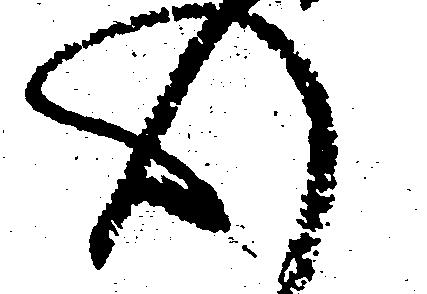
心